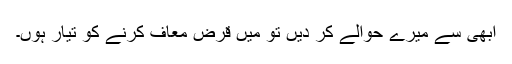
ابھی سے میرے حوالے کر دیں تو میں قرض معاف کرنے کو تیار ہوں۔